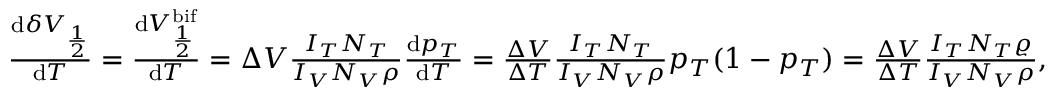
\begin{array} { r } { \frac { \mathrm { d } \delta V _ { \frac { 1 } { 2 } } } { \mathrm { d } T } = \frac { \mathrm { d } V _ { \frac { 1 } { 2 } } ^ { \mathrm { b i f } } } { \mathrm { d } T } = \Delta V \frac { I _ { T } N _ { T } } { I _ { V } N _ { V } \rho } \frac { \mathrm { d } p _ { T } } { \mathrm { d } T } = \frac { \Delta V } { \Delta T } \frac { I _ { T } N _ { T } } { I _ { V } N _ { V } \rho } p _ { T } ( 1 - p _ { T } ) = \frac { \Delta V } { \Delta T } \frac { I _ { T } N _ { T } \varrho } { I _ { V } N _ { V } \rho } , } \end{array}